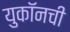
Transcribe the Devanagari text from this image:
युकॉनची